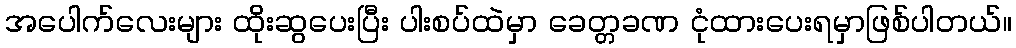
အပေါက်လေးများ ထိုးဆွပေးပြီး ပါးစပ်ထဲမှာ ခေတ္တခဏ ငုံထားပေးရမှာဖြစ်ပါတယ်။